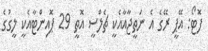
ފޮޓޯ: އޭޕީ ރޭގެ އެ ނަތީޖާއާއެކީ ޗެލްސީ އޮތީ 29 ޕޮއިންޓާއެކީ ލީގުގެ